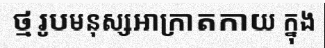
ថ្មរូបមនុស្សអាក្រាតកាយ ក្នុង